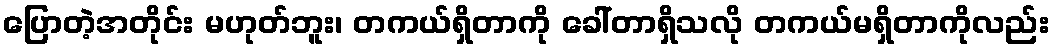
ပြောတဲ့အတိုင်း မဟုတ်ဘူး၊ တကယ်ရှိတာကို ခေါ်တာရှိသလို တကယ်မရှိတာကိုလည်း